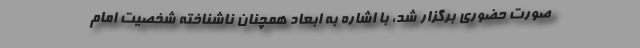
صورت حضوری برگزار شد، با اشاره به ابعاد همچنان ناشناخته شخصیت امام